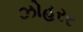
ઝોહરર